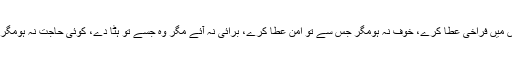
عیب نہ لگا مگر وہ جسے تو پوشیدہ رکھے،رزق نہ دے مگر وہ جس میں فراخی عطا کرے، خوف نہ ہومگر جس سے تو امن عطا کرے، برائی نہ آئے مگر وہ جسے تو ہٹا دے، کوئی حاجت نہ ہومگر جسے تو پورا فرمائے اور اس میں تیری رضا اور میری بہتری ہو۔